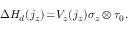
\begin{array} { r } { \Delta { \cal H } _ { d } ( j _ { z } ) \! = \! V _ { z } ( j _ { z } ) \sigma _ { z } \otimes \tau _ { 0 } . } \end{array}